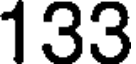
133